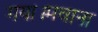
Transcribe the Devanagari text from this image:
गया।मवाना